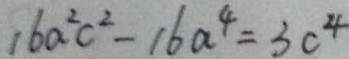
1 6 a ^ { 2 } c ^ { 2 } - 1 6 a ^ { 4 } = 3 c ^ { 4 }